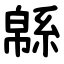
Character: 緜